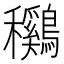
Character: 𱶯